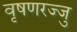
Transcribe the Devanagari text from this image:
वृषणरज्जु